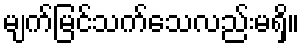
မျက်မြင်သက်သေလည်းမရှိ။